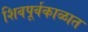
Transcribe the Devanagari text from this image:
शिवपूर्वकाळात